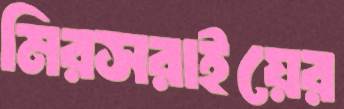
মিরসরাইয়ের